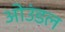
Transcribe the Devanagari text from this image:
ओउंडल